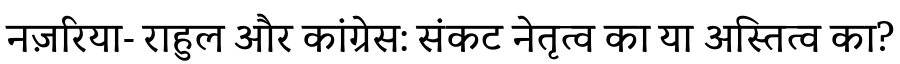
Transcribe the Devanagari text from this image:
नज़रिया- राहुल और कांग्रेस: संकट नेतृत्व का या अस्तित्व का?